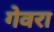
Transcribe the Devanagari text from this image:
गेवरा